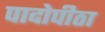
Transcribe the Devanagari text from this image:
पादोपीठा